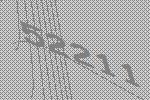
52211